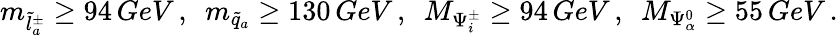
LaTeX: m_{\tilde{l}_{a}^{\pm}}\geq 94\, GeV\, ,\ \ m_{\tilde{q}_{a}}\geq 130\, GeV\, ,\ \ M_{\Psi_{i}^{\pm}}\geq 94\, GeV\, ,\ \ M_{\Psi_{\alpha}^{0}}\geq 55\, GeV\, .